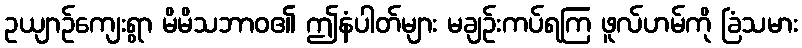
ဥယျာဉ်ကျေးရွာ မိမိသဘာဝ၏ ဤနံပါတ်များ မချဉ်းကပ်ရကြ ဖူလ်ဟမ်ကို ခြံသမား